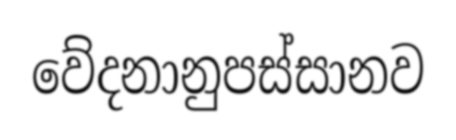
වේදනානුපස්සානව